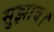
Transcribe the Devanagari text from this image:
सुझाव।